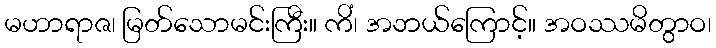
မဟာရာဇ၊ မြတ်သောမင်းကြီး။ ကိံ၊ အဘယ်ကြောင့်။ အဝဿမိတွာဝ၊